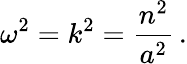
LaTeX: \omega^{2}=k^{2}=\frac{n^{2}}{a^{2}}\, .